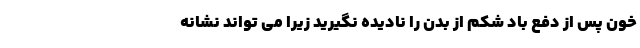
خون پس از دفع باد شکم از بدن را نادیده نگیرید زیرا می تواند نشانه